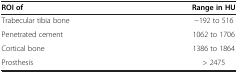
<table><thead><tr><td><b>ROI of</b></td><td><b>Range in HU</b></td></tr></thead><tbody><tr><td>Trabecular tibia bone</td><td>-192 to 516</td></tr><tr><td>Penetrated cement</td><td>1062 to 1706</td></tr><tr><td>Cortical bone</td><td>1386 to 1864</td></tr><tr><td>Prosthesis</td><td>&gt; 2475</td></tr></tbody></table>